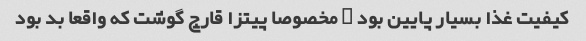
کیفیت غذا بسیار پایین بود … مخصوصا پیتزا قارچ گوشت که واقعا بد بود